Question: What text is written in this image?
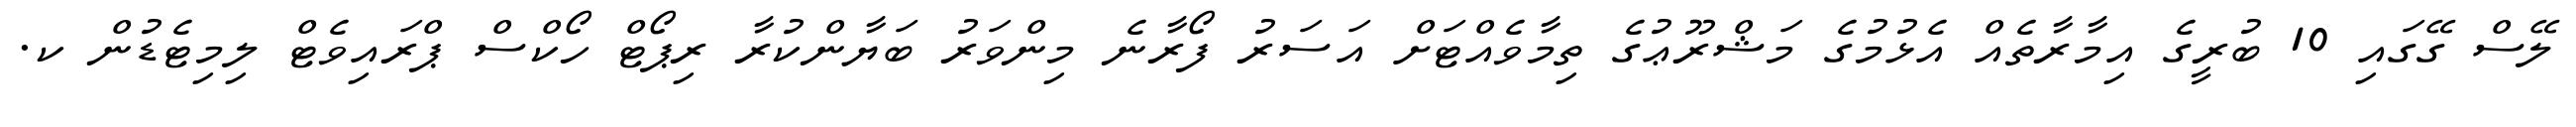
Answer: ލޭސް ގޭގައި 10 ބުރީގެ އިމާރާތެއް އެޅުމުގެ މަޝްރޫޢުގެ ތިމާވެއްޓަށް އަސަރު ފޯރާނެ މިންވަރު ބަޔާންކުރާ ރިޕޯޓް ހޯކްސް ޕްރައިވެޓް ލިމިޓެޑުން ކ.